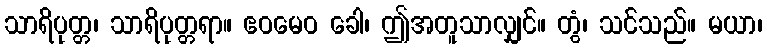
သာရိပုတ္တ၊ သာရိပုတ္တရာ။ ဧဝမေဝ ခေါ၊ ဤအတူသာလျှင်။ တွံ၊ သင်သည်။ မယာ၊